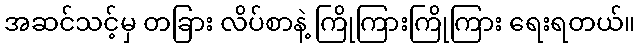
အဆင်သင့်မှ တခြား လိပ်စာနဲ့ ကြိုကြားကြိုကြား ရေးရတယ်။